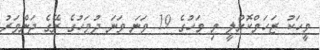
މީހަކު ޒަހަމްކޮށްލީ މި މަހުގެ 19 ވަނަ ވަނަ ދުވަހުގެ ރޭގެ ދަންވަރު